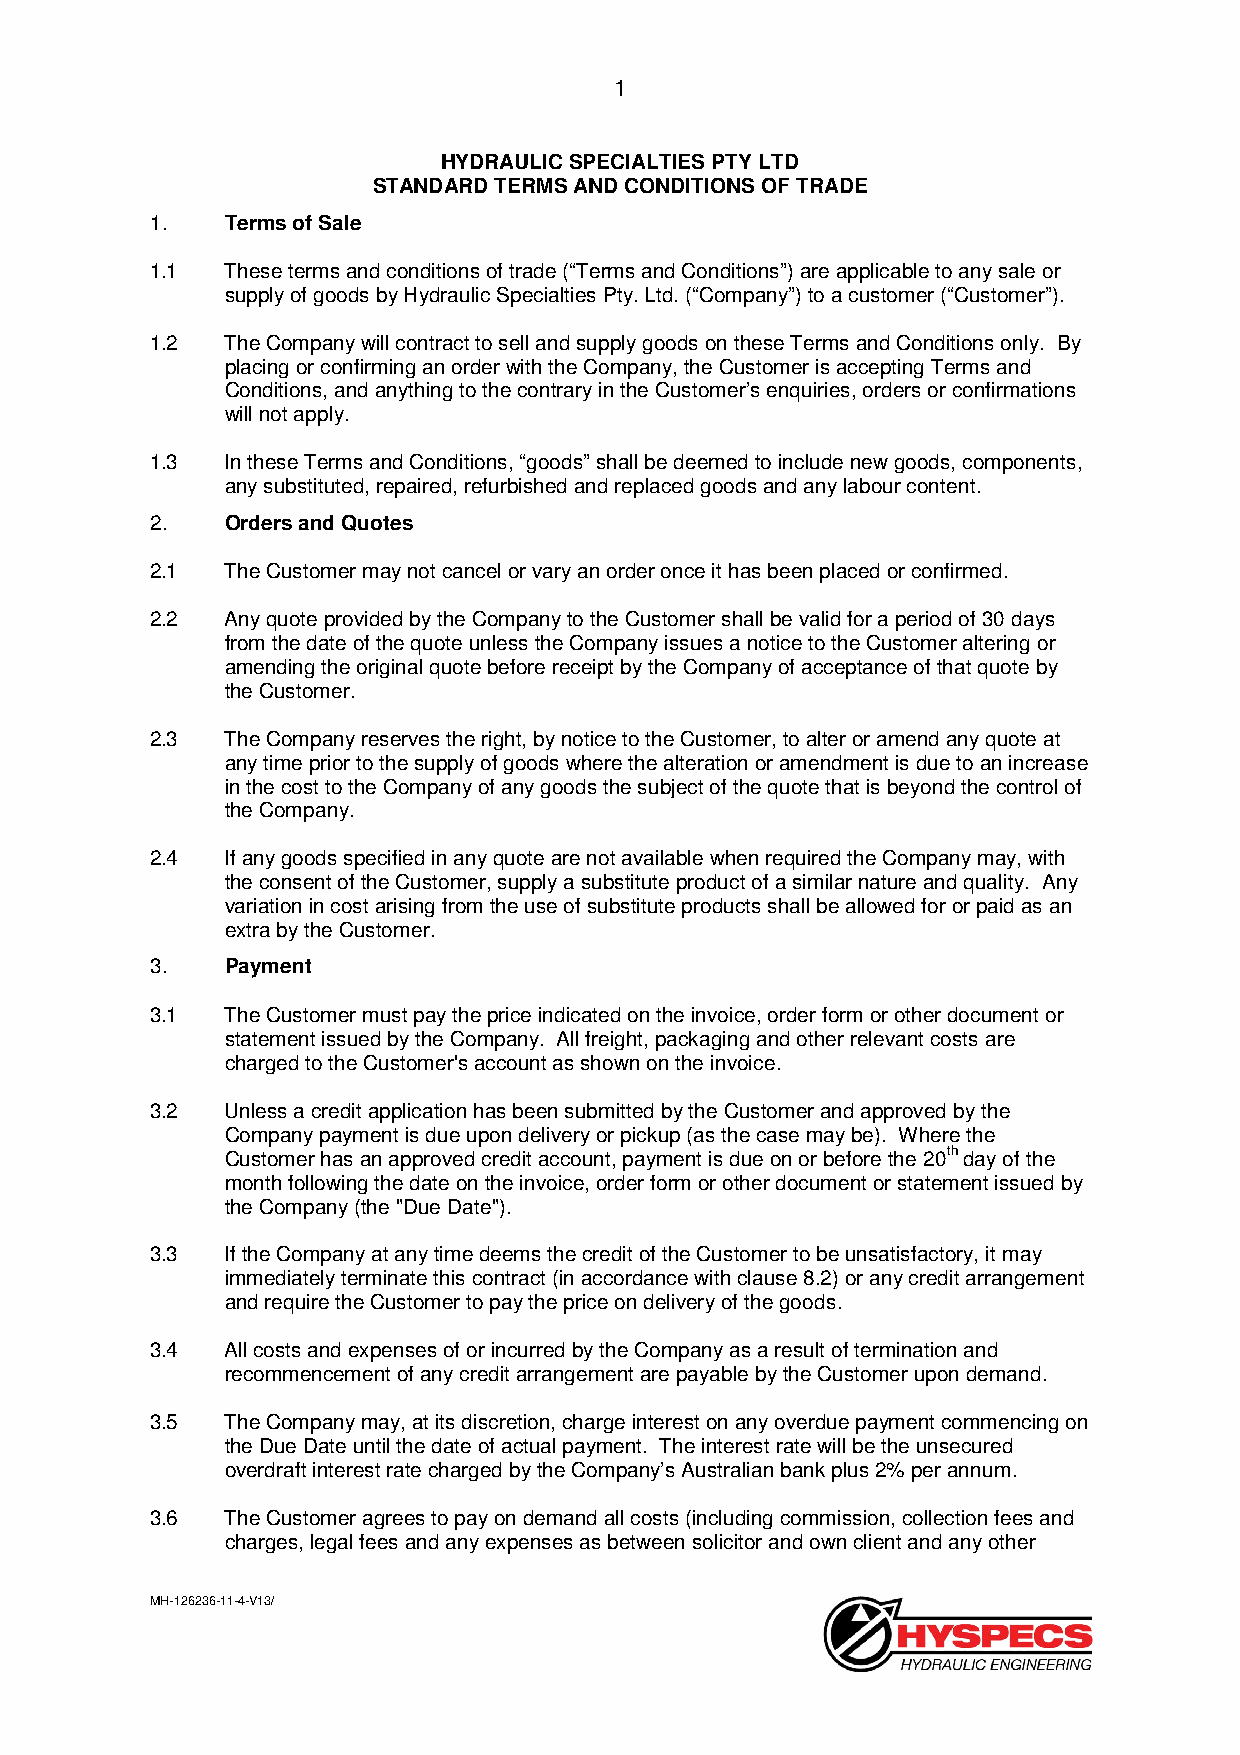
1
 HYDRAULIC SPECIALTIES PTY LTD
 STANDARD TERMS AND CONDITIONS OF TRADE
 1.   Terms of Sale
 1.1  These terms and conditions of trade (“Terms and Conditions”) are applicable to any sale or
 supply of goods by Hydraulic Specialties Pty. Ltd. (“Company”) to a customer (“Customer”).
 1.2  The Company will contract to sell and supply goods on these Terms and Conditions only. By
 placing or confirming an order with the Company, the Customer is accepting Terms and
 Conditions, and anything to the contrary in the Customer’s enquiries, orders or confirmations
 will not apply.
 1.3  In these Terms and Conditions, “goods” shall be deemed to include new goods, components,
 any substituted, repaired, refurbished and replaced goods and any labour content.
 2.   Orders and Quotes
 2.1  The Customer may not cancel or vary an order once it has been placed or confirmed.
 2.2  Any quote provided by the Company to the Customer shall be valid for a period of 30 days
 from the date of the quote unless the Company issues a notice to the Customer altering or
 amending the original quote before receipt by the Company of acceptance of that quote by
 the Customer.
 2.3  The Company reserves the right, by notice to the Customer, to alter or amend any quote at
 any time prior to the supply of goods where the alteration or amendment is due to an increase
 in the cost to the Company of any goods the subject of the quote that is beyond the control of
 the Company.
 2.4  If any goods specified in any quote are not available when required the Company may, with
 the consent of the Customer, supply a substitute product of a similar nature and quality. Any
 variation in cost arising from the use of substitute products shall be allowed for or paid as an
 extra by the Customer.
 3.   Payment
 3.1  The Customer must pay the price indicated on the invoice, order form or other document or
 statement issued by the Company. All freight, packaging and other relevant costs are
 charged to the Customer's account as shown on the invoice.
 3.2  Unless a credit application has been submitted by the Customer and approved by the
 Company payment is due upon delivery or pickup (as the case may be). Where the
 Customer has an approved credit account, payment is due on or before the 20th day of the
 month following the date on the invoice, order form or other document or statement issued by
 the Company (the "Due Date").
 3.3  If the Company at any time deems the credit of the Customer to be unsatisfactory, it may
 immediately terminate this contract (in accordance with clause 8.2) or any credit arrangement
 and require the Customer to pay the price on delivery of the goods.
 3.4  All costs and expenses of or incurred by the Company as a result of termination and
 recommencement of any credit arrangement are payable by the Customer upon demand.
 3.5  The Company may, at its discretion, charge interest on any overdue payment commencing on
 the Due Date until the date of actual payment. The interest rate will be the unsecured
 overdraft interest rate charged by the Company’s Australian bank plus 2% per annum.
 3.6  The Customer agrees to pay on demand all costs (including commission, collection fees and
 charges, legal fees and any expenses as between solicitor and own client and any other
 MH-126236-11-4-V13/